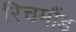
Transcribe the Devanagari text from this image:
रिचमौंड